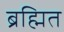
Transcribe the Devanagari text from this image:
ब्रह्मित